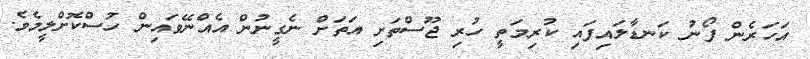
އަހަރެން ފޯނު ކަނޑާލައިފައި ކުރިމަތީ ހުރި ޖޫސްތަށި އަތަށް ނެގީނުން އެއްނޭވައިން ހުސްކޮށްލީމެވެ.